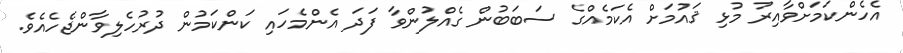
އެހެންކަމަށްވާއިރު މުޅި ޤައުމަށް އެކަމެއްގެ ސަބަބުން ގެއްލުންވާ ފަދަ އެންމެހައި ކަންކަމުން ދުރުހެލިވާންޖެހެއެވެ.